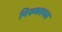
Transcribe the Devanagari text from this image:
निरुक्तवत